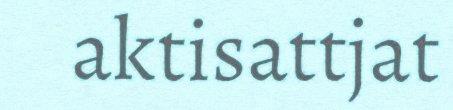
aktisattjat